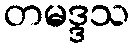
တမဒ္ဒသ